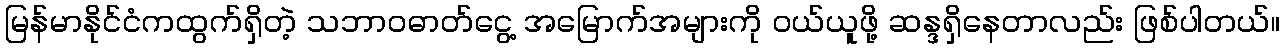
မြန်မာနိုင်ငံကထွက်ရှိတဲ့ သဘာဝဓာတ်ငွေ့ အမြောက်အများကို ဝယ်ယူဖို့ ဆန္ဒရှိနေတာလည်း ဖြစ်ပါတယ်။